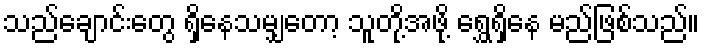
သည်ချောင်းတွေ ရှိနေသမျှတော့ သူတို့အဖို့ ရွှေရှိနေ မည်ဖြစ်သည်။